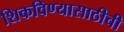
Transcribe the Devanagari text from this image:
शिकविण्यासाठीची